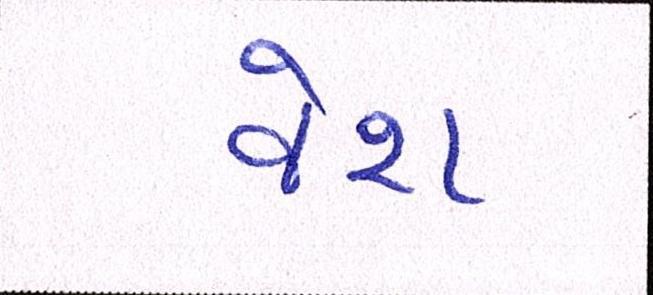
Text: વેશ